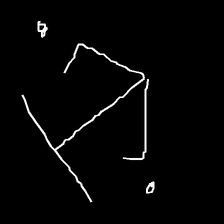
Glyph: earth